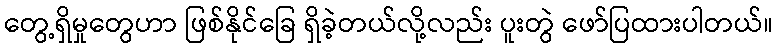
တွေ့ရှိမှုတွေဟာ ဖြစ်နိုင်ခြေ ရှိခဲ့တယ်လို့လည်း ပူးတွဲ ဖော်ပြထားပါတယ်။